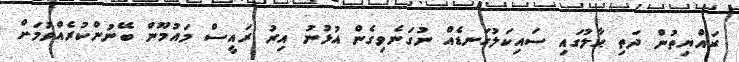
ރައްޔިތުން ދަތި ޙާލުގައި ސައިކަލުގަނޑެއް ނުގަނެވިގެން އުޅުނު އިރު ރައީސް މައުމޫން ބޭނުންކުރެއްވުމަށް